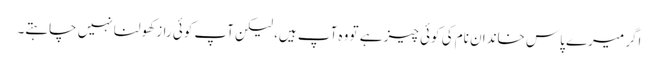
اگر میرے پاس خاندان نام کی کوئی چیز ہے تو وہ آپ ہیں، لیکن آپ کوئی راز کھولنا نہیں چاہتے۔